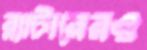
ব্ল্যাটারেরও